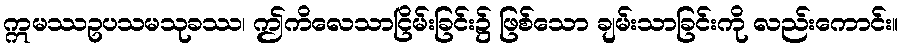
ဣမဿဥပသမသုခဿ၊ ဤကိလေသာငြိမ်းခြင်း၌ ဖြစ်သော ချမ်းသာခြင်းကို လည်းကောင်း။